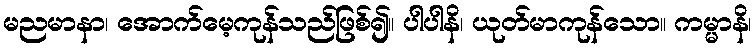
မညမာနာ၊ အောက်မေ့ကုန်သည်ဖြစ်၍။ ပါပါနိ၊ ယုတ်မာကုန်သော။ ကမ္မာနိ၊